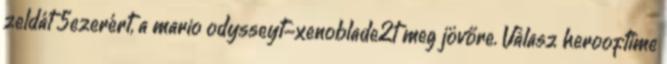
zeldát 5ezerért, a mario odysseyt-xenoblade2t meg jövőre. Válasz herooftime